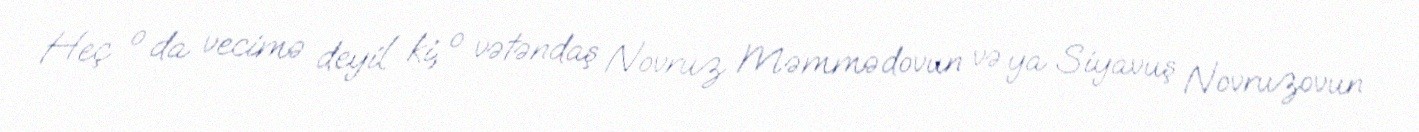
Heç o da vecimə deyil ki, o vətəndaş Novruz Məmmədovun və ya Siyavuş Novruzovun